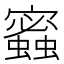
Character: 𧓫